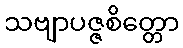
သဗျာပဇ္ဇစိတ္တော